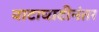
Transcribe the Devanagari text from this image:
वाटाघाटीनंतर